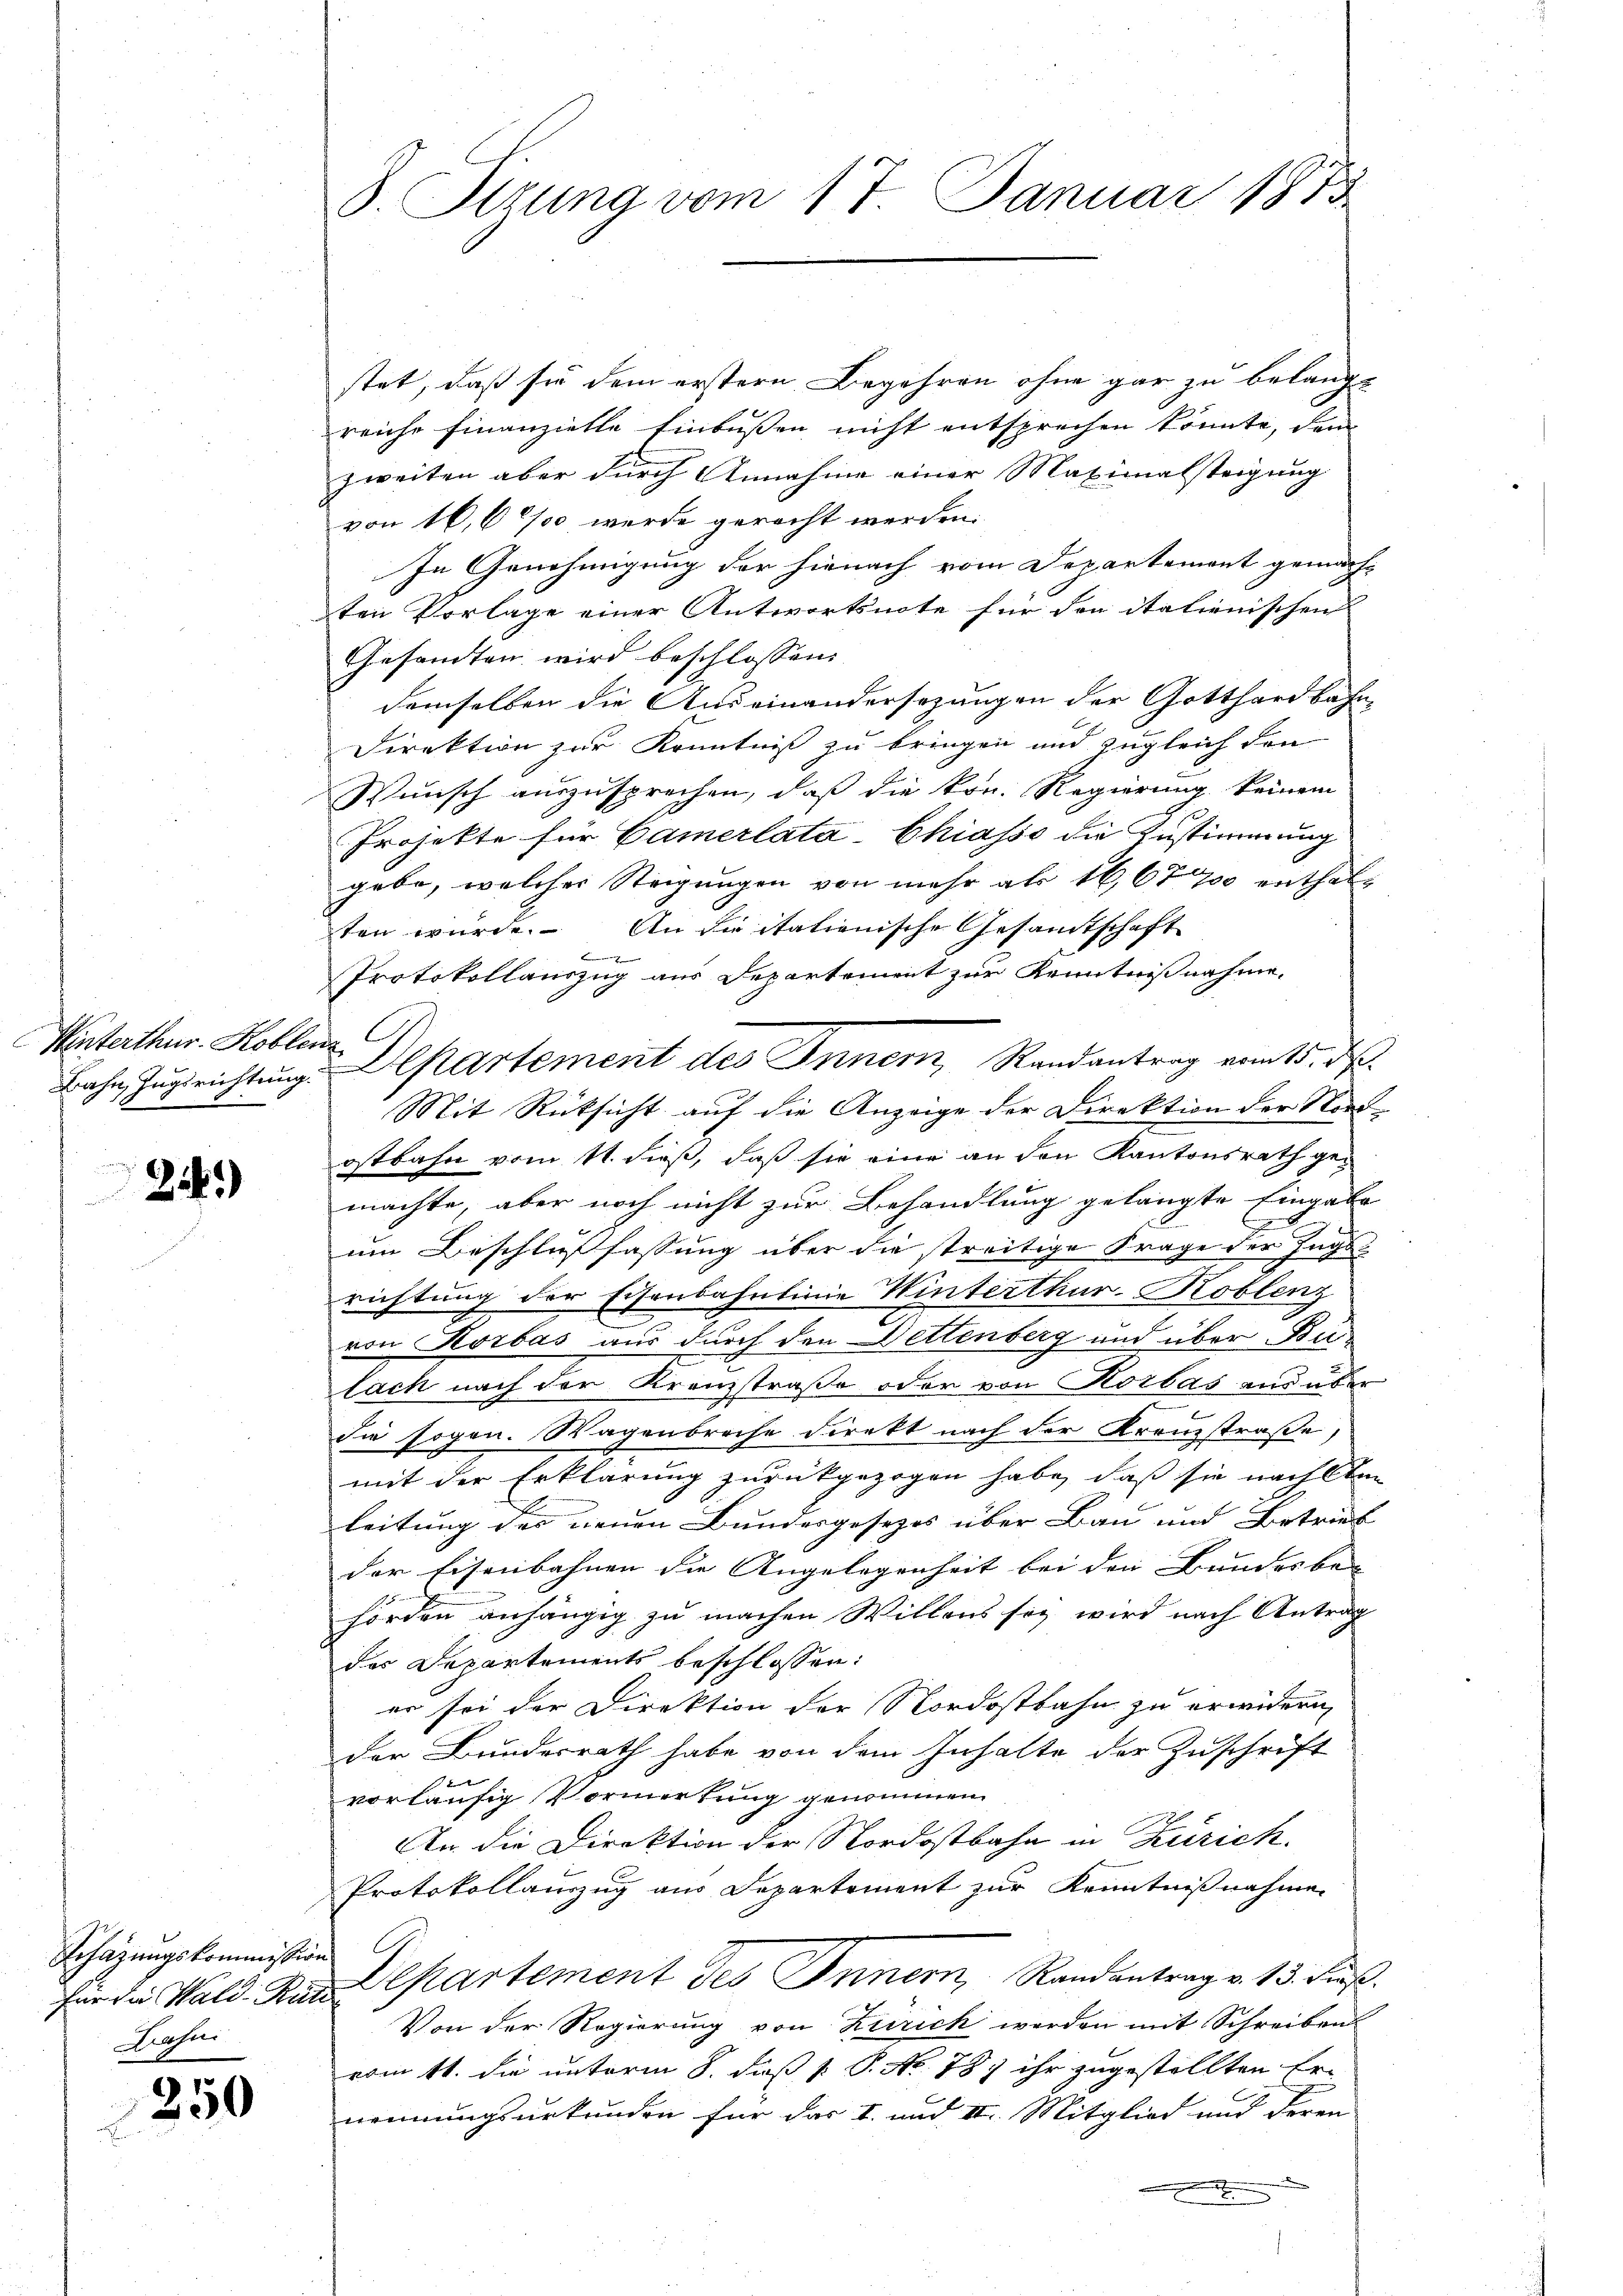
Winterthur. Koblenz

24)

Schazungskommission
Bahni

250

J. Itzung vom 17. Januar 1873

stet, daß sie dem erstern Begehren ohne gar zu belangte
reiche Finanzielle Einbußen nicht entsprechen könnte, den
zweiten aber durch Annahme einer Maximalsteigung
von 16,600 werde geracht werden.
In Genehmigung der hienach vom Departement gemachten Vorlage einer Antwortsnote für den italienischen
Gesandten wird beschlossen:
demselben die Auseinandersezungen der Gotthardbahn-
Direktion zur Kenntniß zu bringen und zugleich den
Wunsch auszusprechen, daß die kon. Regierung keinem
Projekte für Camerlatá-Chiasso die Zustimmung
gebe, welcher Steigungen von mehr als 16,677 enthalten würde. An die italienische Gesandtschaft
e
Protokollauszug aus Departement zur Kenntnißnahme,
Mit Rücksicht auf die Anzeige der Direktion der Nordostbahn vom 11. dieß, daß sie eine an den Kantonsrath gemachte, aber noch nicht zur Behandlung gelangte Eingabe
2.
e
 x
um Beschlußfassung über die streitige Frage der Ingst
richtung der Eisenbahnlinie Winterthur–Koblenz
von Korbas aus durch den Dettenberg und über Belach nach der Kranzstraße oder von Korbas aus über
Sie sogen. Wagenbreche direkt nach der Kreuzstraße,
mit der Erklärung zurückgezogen habe, daß sie nach dem
leitung des neuen Bundesgesezes über Bau und Betrieb
der Eisenbahnen die Angelegenheit bei den Bundesbe- |
hörden anhängig zu machen Willens sey wird nach Antrag
des Departements beschlossen:
er sei der Direktion der Nordostbahn zu erwidern,
der Bundesrath habe von dem Inhalte der Zuschrift
vorläufig Vormerkung genommen
An die Direktion der Nordostbahn in Zürich.
Protokollauszug aus Departement zur Kenntnißnahme
für die Wald. Nur Departement des Innern, Randantrag v. 13. dieß.
Von der Regierung von Zürich werden mit Schreiben
vom 11. die unterm 8. diß v. P. No. 787 ihr zugestellten Er-
nennungsurkunden für das I. und II. Mitglied und deren

Bahn, Zugsrichtung. Departement des Innern, Randantrag vom 15. d.